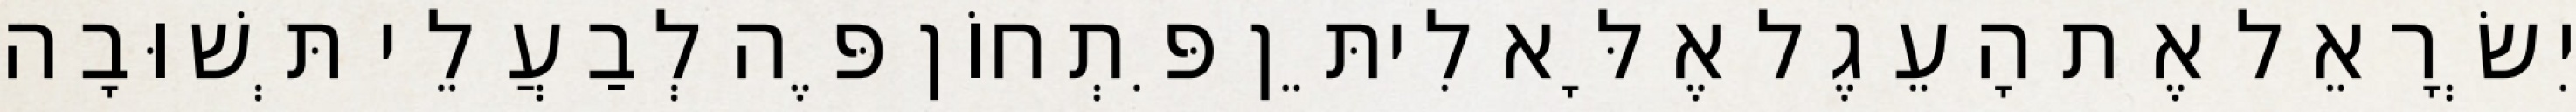
יִשְׂרָאֵל אֶת הָעֵגֶל אֶלָּא לִיתֵּן פִּתְחוֹן פֶּה לְבַעֲלֵי תְּשׁוּבָה